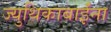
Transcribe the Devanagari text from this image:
ज्युथिकाबाईंना